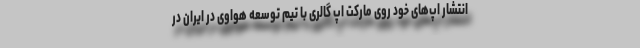
انتشار اپ‌های خود روی مارکت اپ گالری با تیم توسعه هواوی در ایران در